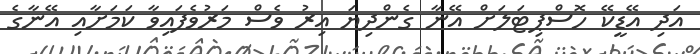
އަދި އޭޑީކޭ ހޮސްޕިޓަލަށް އޭނާ ގެންދިޔަ އިރު ވެސް މަރުވެފައިވާ ކަމަށާއި އޭނާގެ